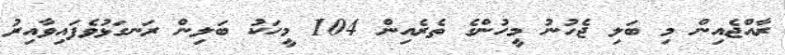
ރާއްޖެއިން މި ބަލި ޖެހުނު މީހުންގެ ތެރެއިން 104 މީހަކު ބަލިން ރަނގަޅުވެފައިވާއިރު